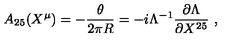
A _ { 2 5 } ( X ^ { \mu } ) = - { \frac { \theta } { 2 \pi R } } = - i \Lambda ^ { - 1 } { \frac { \partial \Lambda } { \partial X ^ { 2 5 } } } \ , \nonumber